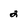
Character: 2